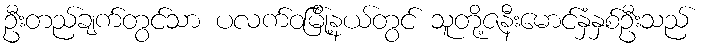
ဦးတည်ချက်တွင်သာ ပလက်ဝမြ်ို့နယ်တွင် သူတို့ဇနီးမောင်နှံနှစ်ဦးသည်